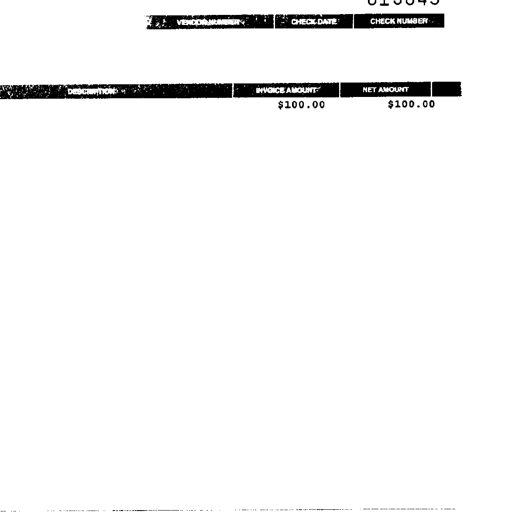
013645
VENDOR NUMBER CHECK DATE CHECK NUMBER
DESCRIPTION INVOICE AMOUNT NET AMOUNT
$100.00 $100.00